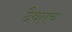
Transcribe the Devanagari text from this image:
दैवतच